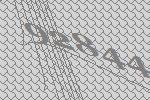
92844